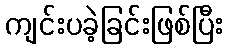
ကျင်းပခဲ့ခြင်းဖြစ်ပြီး